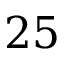
2 5